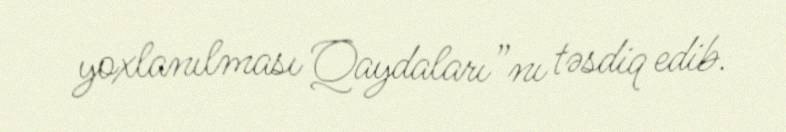
yoxlanılması Qaydaları”nı təsdiq edib.